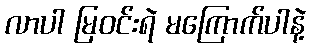
လာပါ မြဝင်းရဲ မကြောက်ပါနဲ့